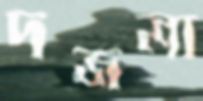
দজলা